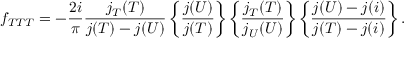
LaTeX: f _ { T T T } = - { \frac { 2 i } { \pi } } \frac { j _ { T } ( T ) } { j ( T ) - j ( U ) } \left\{ \frac { j ( U ) } { j ( T ) } \right\} \left\{ \frac { j _ { T } ( T ) } { j _ { U } ( U ) } \right\} \left\{ \frac { j ( U ) - j ( i ) } { j ( T ) - j ( i ) } \right\} .